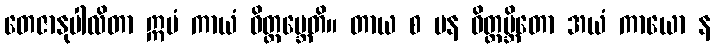
တေဇာနုပါလိတာ ဣမံ ကာယံ ဝိတ္ထမ္ဘေတိ။ တာယ စ ပန ဝိတ္ထမ္ဘိတော အယံ ကာယော န